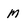
Character: M